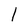
Character: l